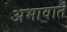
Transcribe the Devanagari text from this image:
अभावात